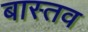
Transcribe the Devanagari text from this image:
बास्तव